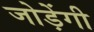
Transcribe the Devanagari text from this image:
जोड़ेंगी